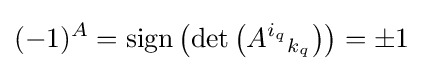
(-1)^{A}=\mathrm {sign} \left(\det \left(A^{i_{q}}{}_{k_{q}}\right)\right)=\pm {1}